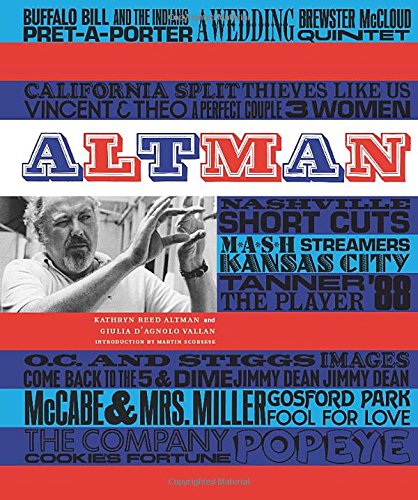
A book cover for Altman; Kathryn R. Altman; Humor & Entertainment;